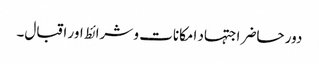
دور حاضر اجتہاد امکانات و شرائط اور اقبال۔